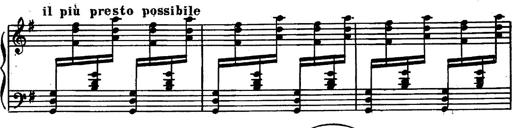
Title: Magyar rapszÃ³diÃ¡k
Composer: Franz Liszt